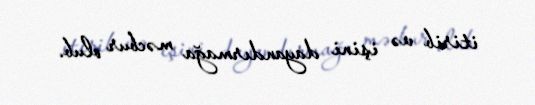
itirib və işini dayandırmağa məcbur olub.